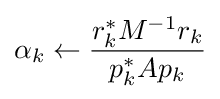
\alpha _{k}\leftarrow {r_{k}^{*}M^{-1}r_{k} \over p_{k}^{*}Ap_{k}}